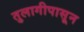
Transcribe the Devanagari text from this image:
तुलागीपासून